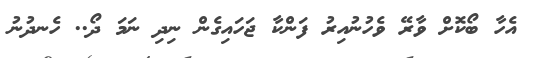
އެހާ ބޯކޮށް ވާރޭ ވެހުނުއިރު ފަންކާ ޖަހައިގެން ނިދި ނަމަ ދޯ.. ހެނދުނު